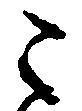
こ